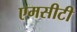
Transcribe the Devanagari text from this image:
एमसीटी